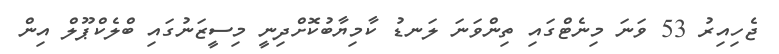
ޖެހިއިރު 53 ވަނަ މިނެޓްގައި ތިންވަނަ ލަނޑު ކާމިޔާބުކޮށްދިނީ މިސީޒަނުގައި ބްލެކްޕޫލް އިން